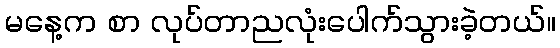
မနေ့က စာ လုပ်တာညလုံးပေါက်သွားခဲ့တယ်။